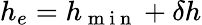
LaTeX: h_{e}=h_{\mathrm{~m~i~n~}}+\delta h